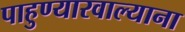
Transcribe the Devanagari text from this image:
पाहुण्यारवाल्याना